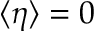
\langle \eta \rangle = 0